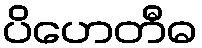
ပိဟေတီဓ